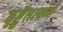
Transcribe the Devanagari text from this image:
दृष्ट्वैतत्कर्म